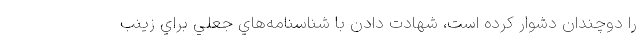
را دوچندان دشوار كرده است، شهادت دادن با شناسنامه‌هاي جعلي براي زينب